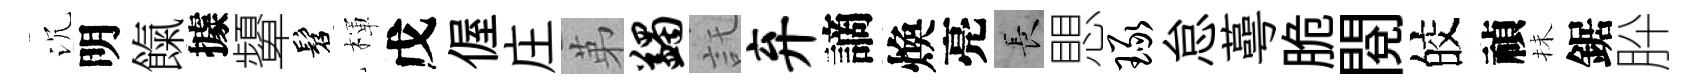
沉明餼據顰髫楎戊偓庄苐蠲託弃謫煥亮长愳琢怠蕚脆閲皎禎抺鋸肸